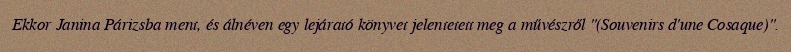
Ekkor Janina Párizsba ment, és álnéven egy lejárató könyvet jelentetett meg a művészről "(Souvenirs d'une Cosaque)".